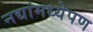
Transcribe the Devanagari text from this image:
नद्यांमध्येपण